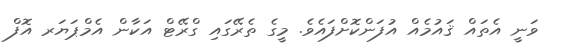
ވަނީ އެތައް ޤައުމެއް އުފަންކޮށްފައެވެ. މީގެ ތެރޭގައި ގްރޭޓް އަކާން އެމްޕަޔަރ އޮފް